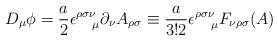
\begin{align*}D_{\mu}\phi=\frac{a}{2}\epsilon^{\rho\sigma\nu}_{~~~\mu}\partial_{\nu}A_{\rho\sigma}\equiv\frac{a}{3!2}\epsilon^{\rho\sigma\nu}_{~~~\mu}F_{\nu\rho\sigma}(A)\end{align*}